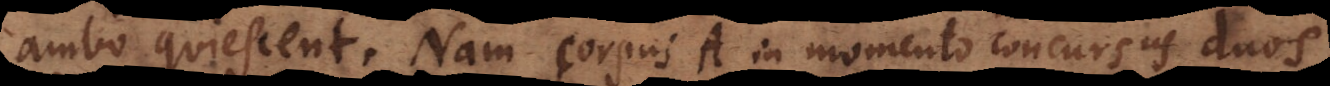
ambo quiescent. Nam corpus A in momento concursus duos